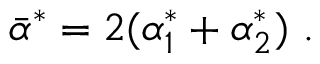
\bar { \alpha } ^ { * } = 2 ( \alpha _ { 1 } ^ { * } + \alpha _ { 2 } ^ { * } ) ~ .